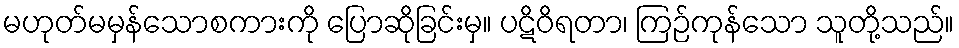
မဟုတ်မမှန်သောစကားကို ပြောဆိုခြင်းမှ။ ပဋိဝိရတာ၊ ကြဉ်ကုန်သော သူတို့သည်။